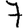
Digit: 7